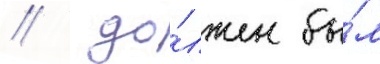
//  до́лжен бы́л